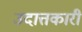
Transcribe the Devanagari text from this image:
उदात्तकारी